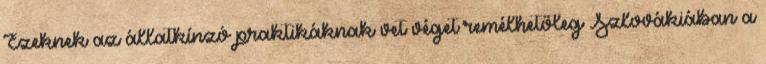
Ezeknek az állatkínzó praktikáknak vet véget remélhetőleg Szlovákiában a